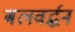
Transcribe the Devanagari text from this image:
बलवर्द्धन